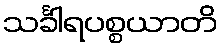
သင်္ခါရပစ္စယာတိ